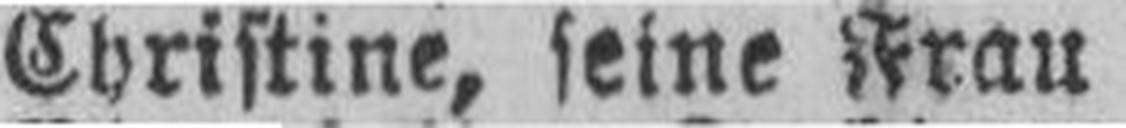
Christine, seine Frau